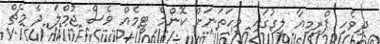
ދިވެހި ޕްރިމިއާ ލީގުގައި މިހަތަނަށް ކޮންމެ ޓީމެއް ވެސް ޖުމްލަ ދެ މެޗް